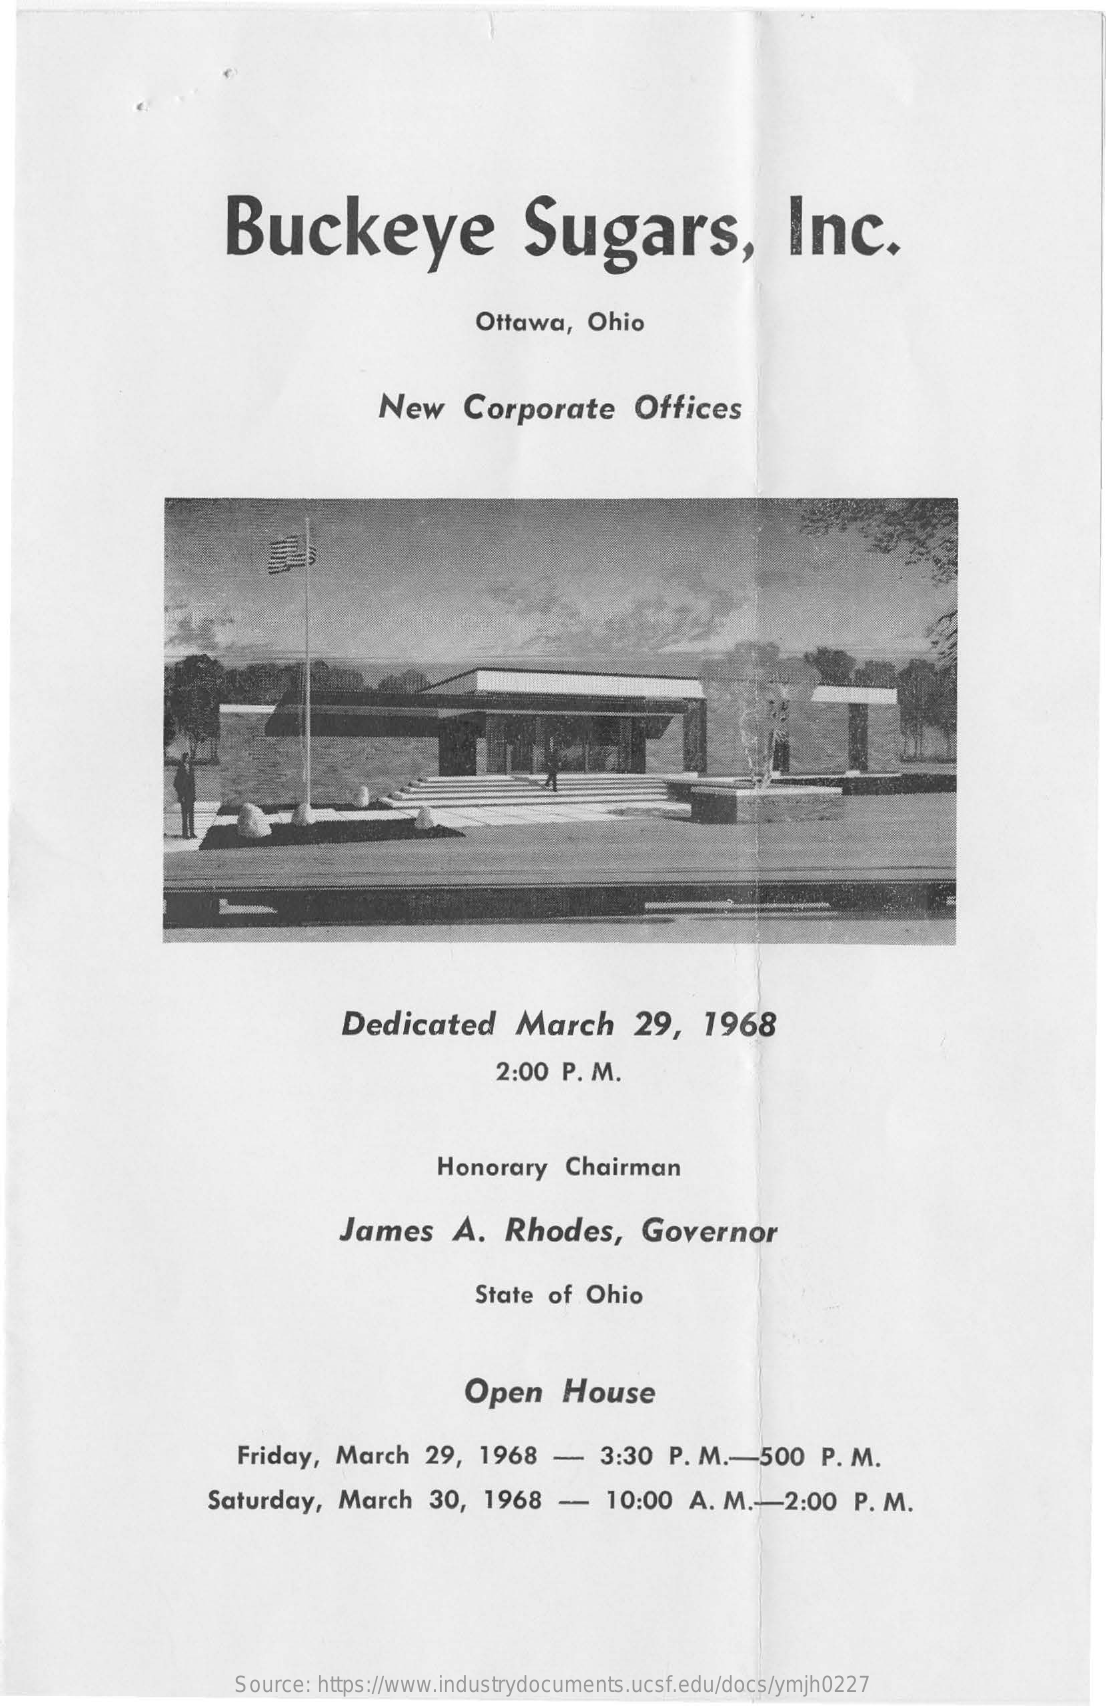
Buckeye    Sugars,    Inc.
     Ottawa,   Ohio
     New    Corporate    Offices
     Dedicated    March    29,    1968
     2:00 P. M.
     Honorary    Chairman
     James    A.   Rhodes,    Governor
     State of  Ohio
     Open    House
     Friday,  March    29,  1968   -   3:30  P. M  .- 500   P. M.
     Saturday,   March   30,  1968   -    10:00  A. M  .- 2:00   P. M.
     Source: https://www.industrydocuments.ucsf.edu/docs/ymjh0227